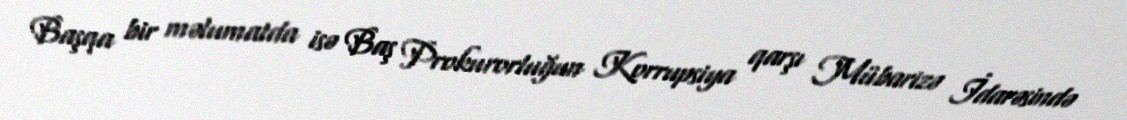
Başqa bir məlumatda isə Baş Prokurorluğun Korrupsiya qarşı Mübarizə İdarəsində